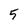
Character: 5